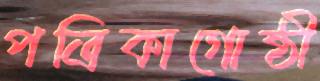
পত্রিকাগোষ্ঠী